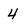
Character: 4